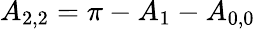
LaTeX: {A_{2,2}}=\pi-{A_{1}}-{A_{0,0}}